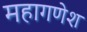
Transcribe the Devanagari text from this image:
महागणेश